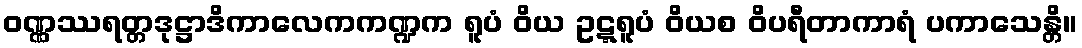
ဝဏ္ဏဿရတ္တဒုဋ္ဌာဒိကာလေကကဏ္ဍက ရူပံ ဝိယ ဥဋ္ဋရူပံ ဝိယစ ဝိပရီတာကာရံ ပကာသေန္တိ။